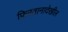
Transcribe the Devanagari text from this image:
फिरतानादेखील